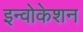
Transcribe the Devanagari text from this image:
इन्वोकेशन